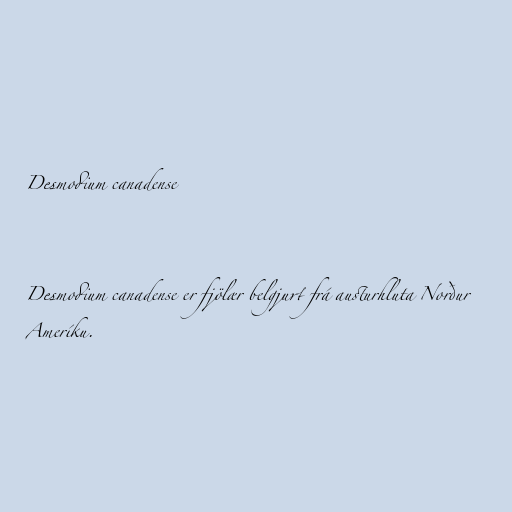
Desmodium canadense

Desmodium canadense er fjölær belgjurt frá austurhluta Norður
Ameríku.